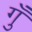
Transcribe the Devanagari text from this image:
गुँ